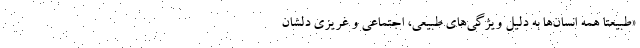
«طبیعتاً همه انسان‌ها به دلیل ویژگی‌های طبیعی، اجتماعی و غریزی دلشان